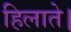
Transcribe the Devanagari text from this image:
हिलाते।